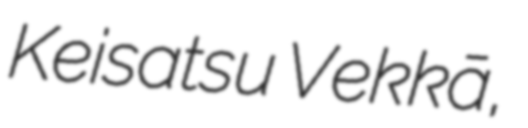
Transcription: Keisatsu Vekkā,